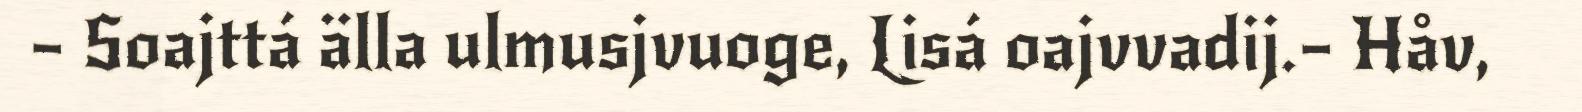
– Soajttá älla ulmusjvuoge, Lisá oajvvadij.– Håv,